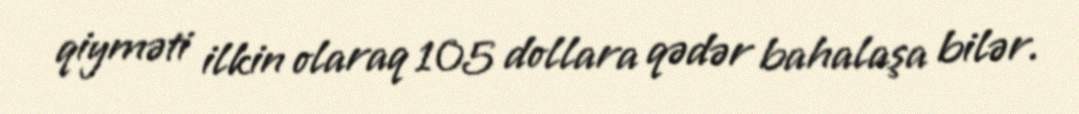
qiyməti ilkin olaraq 105 dollara qədər bahalaşa bilər.